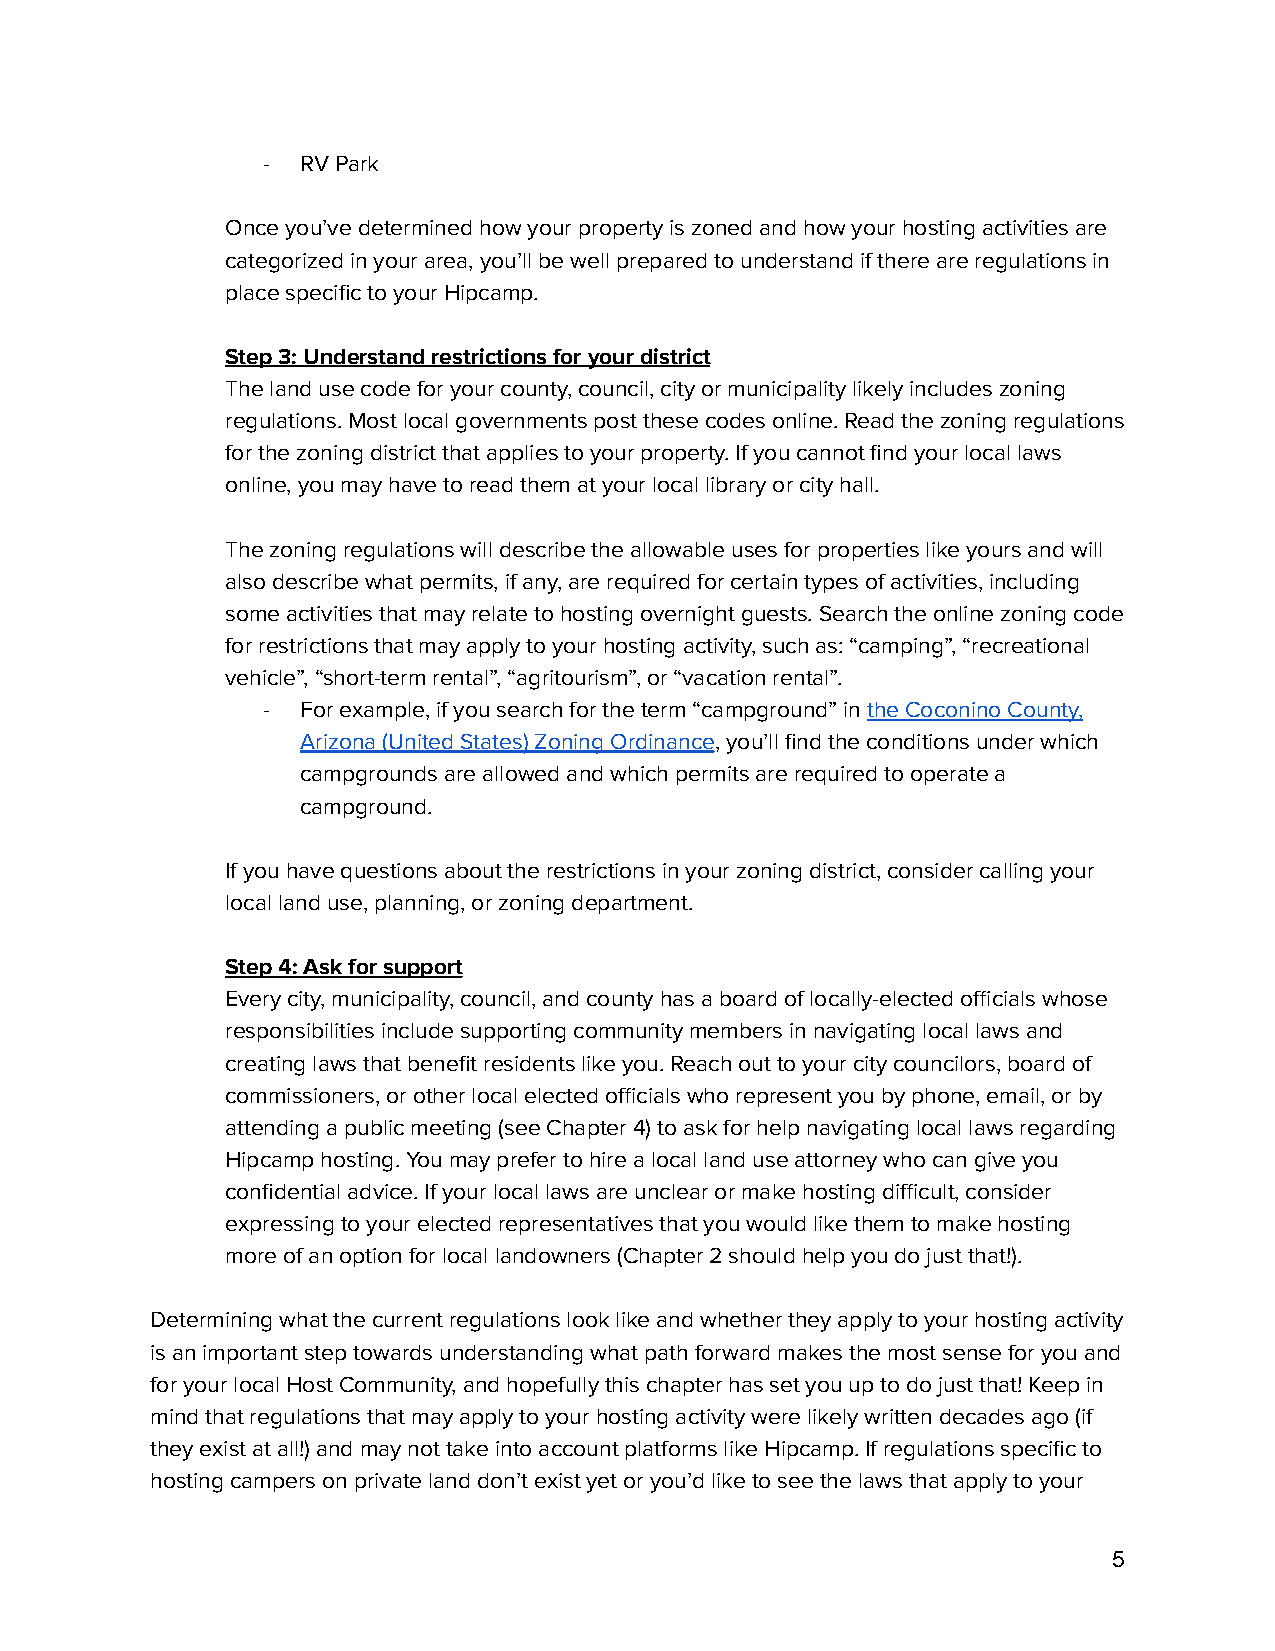
-  RV Park
 Once you’ve determined how your property is zoned and how your hosting activities are
 categorized in your area, you’ll be well prepared to understand if there are regulations in
 place specific to your Hipcamp.
 Step 3: Understand restrictions for your district
 The land use code for your county, council, city or municipality likely includes zoning
 regulations. Most local governments post these codes online. Read the zoning regulations
 for the zoning district that applies to your property. If you cannot find your local laws
 online, you may have to read them at your local library or city hall.
 The zoning regulations will describe the allowable uses for properties like yours and will
 also describe what permits, if any, are required for certain types of activities, including
 some activities that may relate to hosting overnight guests. Search the online zoning code
 for restrictions that may apply to your hosting activity, such as: “camping”, “recreational
 vehicle”, “short-term rental”, “agritourism”, or “vacation rental”.
 -  For example, if you search for the term “campground” inthe Coconino County,
 Arizona (United States) Zoning Ordinance, you’ll findthe conditions under which
 campgrounds are allowed and which permits are required to operate a
 campground.
 If you have questions about the restrictions in your zoning district, consider calling your
 local land use, planning, or zoning department.
 Step 4: Ask for support
 Every city, municipality, council, and county has a board of locally-elected officials whose
 responsibilities include supporting community members in navigating local laws and
 creating laws that benefit residents like you. Reach out to your city councilors, board of
 commissioners, or other local elected officials who represent you by phone, email, or by
 attending a public meeting (see Chapter 4) to ask for help navigating local laws regarding
 Hipcamp hosting. You may prefer to hire a local land use attorney who can give you
 confidential advice. If your local laws are unclear or make hosting difficult, consider
 expressing to your elected representatives that you would like them to make hosting
 more of an option for local landowners (Chapter 2 should help you do just that!).
 Determining what the current regulations look like and whether they apply to your hosting activity
 is an important step towards understanding what path forward makes the most sense for you and
 for your local Host Community, and hopefully this chapter has set you up to do just that! Keep in
 mind thatregulations that may apply to your hostingactivity were likely written decades ago (if
 they exist at all!) and may not take into account platforms like Hipcamp.If regulations specific to
 hosting campers on private land don’t exist yet or you’d like to see the laws that apply to your
 5